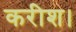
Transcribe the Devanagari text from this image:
करीश।